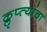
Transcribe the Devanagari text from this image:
क्लृप्त्यांचा